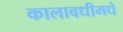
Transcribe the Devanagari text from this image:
कालावधीमधे